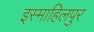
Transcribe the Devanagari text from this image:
इस्माहिलपुर